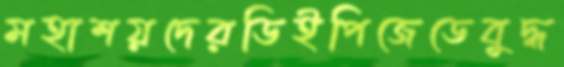
মহাশয়দেরডিইপিজেডেবুদ্ধ